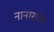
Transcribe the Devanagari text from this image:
नानासहेब